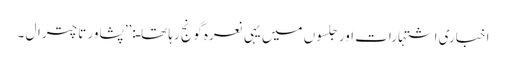
اخباری اشتہارات اور جلسوں میں یہی نعرہ گونج رہا تھاـ:’’پشاور تا چترال ۔